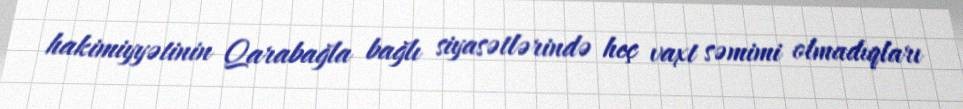
hakimiyyətinin Qarabağla bağlı siyasətlərində heç vaxt səmimi olmadıqları